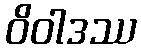
ဝိဝါဒဿ